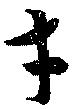
才